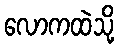
လောကထဲသို့